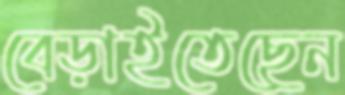
বেড়াইতেছেন